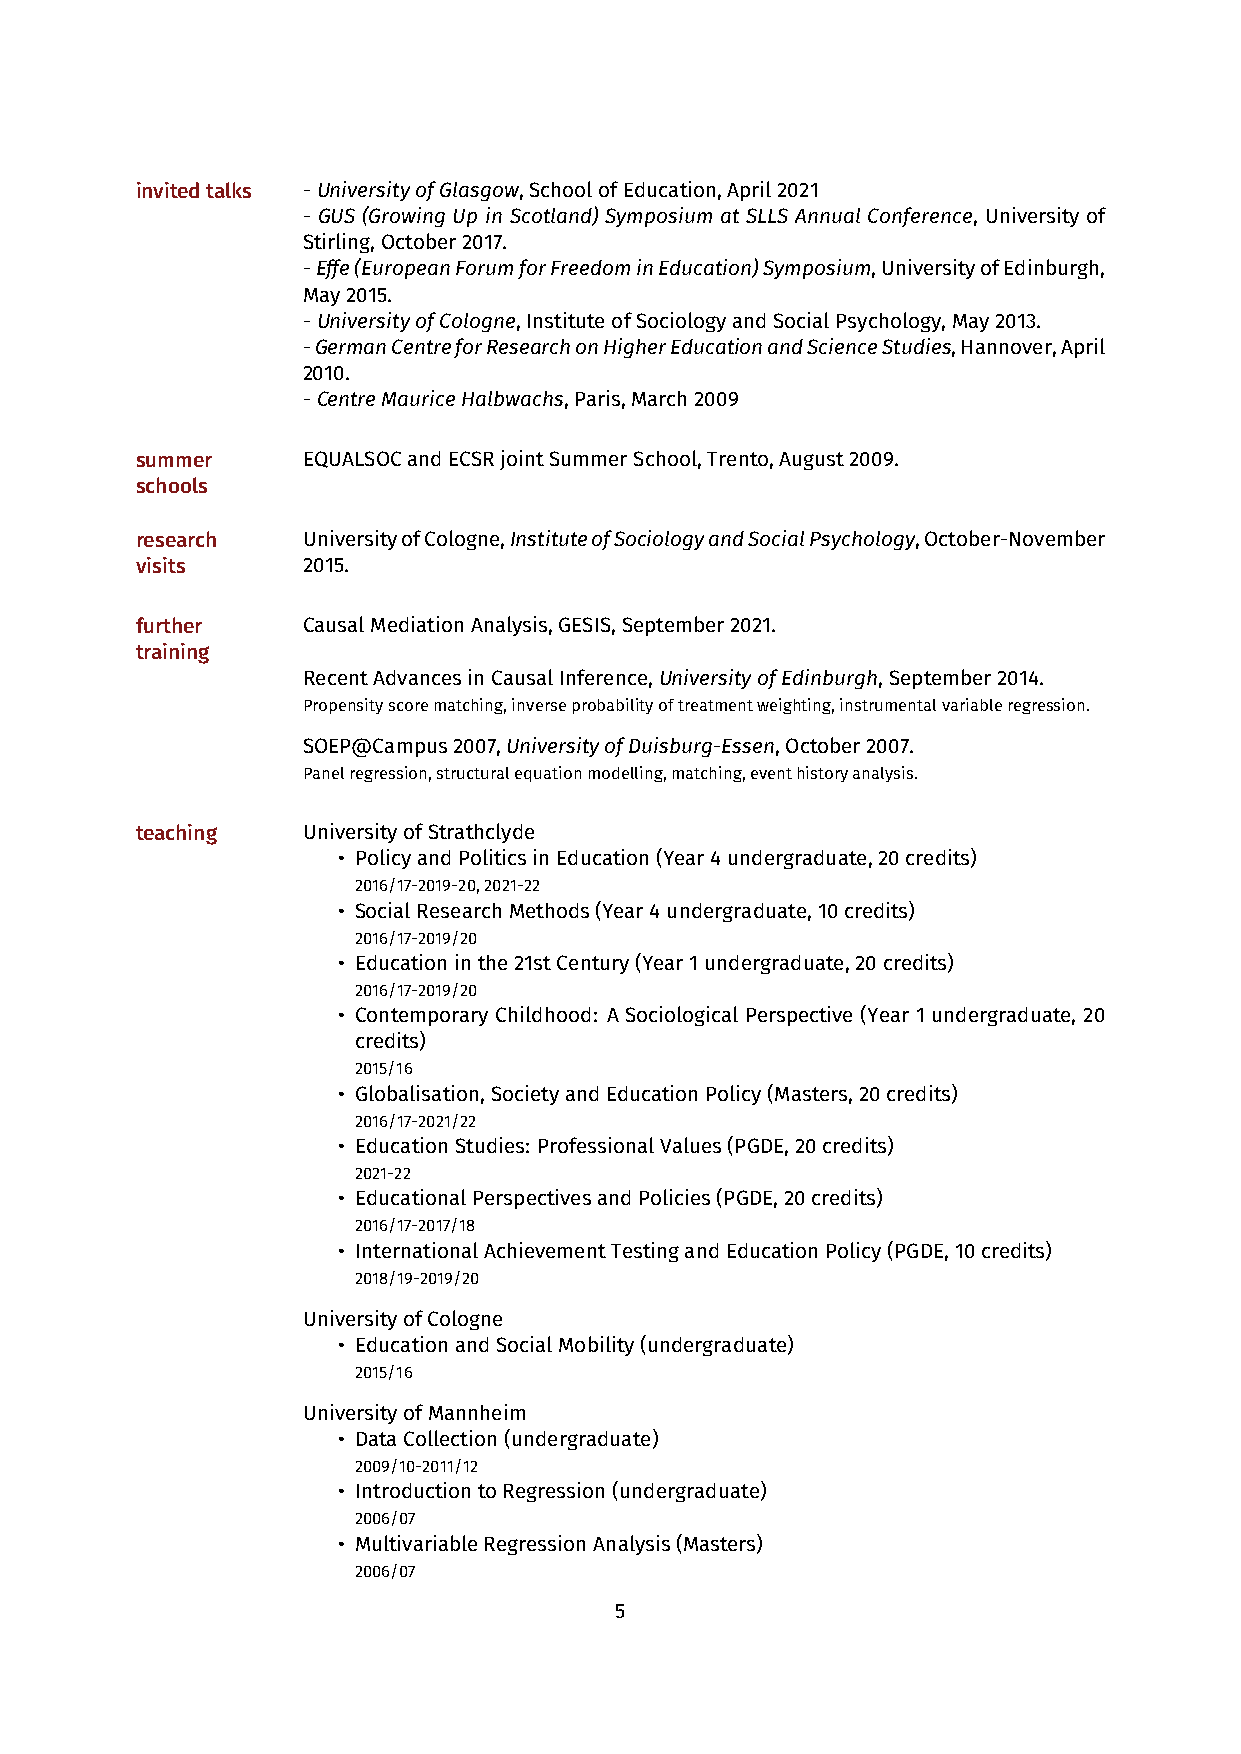
invitedtalks -UniversityofGlasgow,SchoolofEducation,April2021
 - GUS (Growing Up in Scotland) Symposium at SLLS Annual Conference, University of
 Stirling,October2017.
 -Effe(EuropeanForumforFreedominEducation)Symposium,UniversityofEdinburgh,
 May2015.
 -UniversityofCologne,InstituteofSociologyandSocialPsychology,May2013.
 -GermanCentreforResearchonHigherEducationandScienceStudies,Hannover,April
 2010.
 -CentreMauriceHalbwachs,Paris,March2009
 summer     EQUALSOCandECSRjointSummerSchool,Trento,August2009.
 schools
 research   UniversityofCologne,InstituteofSociologyandSocialPsychology,October-November
 visits     2015.
 further    CausalMediationAnalysis,GESIS,September2021.
 training
 RecentAdvancesinCausalInference,UniversityofEdinburgh,September2014.
 Propensityscorematching,inverseprobabilityoftreatmentweighting,instrumentalvariableregression.
 SOEP@Campus2007,UniversityofDuisburg-Essen,October2007.
 Panelregression,structuralequationmodelling,matching,eventhistoryanalysis.
 teaching   UniversityofStrathclyde
 • PolicyandPoliticsinEducation(Year4undergraduate,20credits)
 2016/17-2019-20,2021-22
 • SocialResearchMethods(Year4undergraduate,10credits)
 2016/17-2019/20
 • Educationinthe21stCentury(Year1undergraduate,20credits)
 2016/17-2019/20
 • Contemporary Childhood: A Sociological Perspective (Year 1 undergraduate, 20
 credits)
 2015/16
 • Globalisation,SocietyandEducationPolicy(Masters,20credits)
 2016/17-2021/22
 • EducationStudies: ProfessionalValues(PGDE,20credits)
 2021-22
 • EducationalPerspectivesandPolicies(PGDE,20credits)
 2016/17-2017/18
 • InternationalAchievementTestingandEducationPolicy(PGDE,10credits)
 2018/19-2019/20
 UniversityofCologne
 • EducationandSocialMobility(undergraduate)
 2015/16
 UniversityofMannheim
 • DataCollection(undergraduate)
 2009/10-2011/12
 • IntroductiontoRegression(undergraduate)
 2006/07
 • MultivariableRegressionAnalysis(Masters)
 2006/07
 5